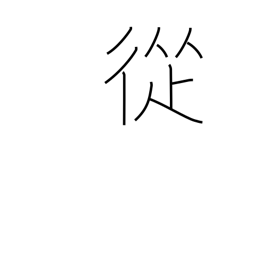
Meaning: through